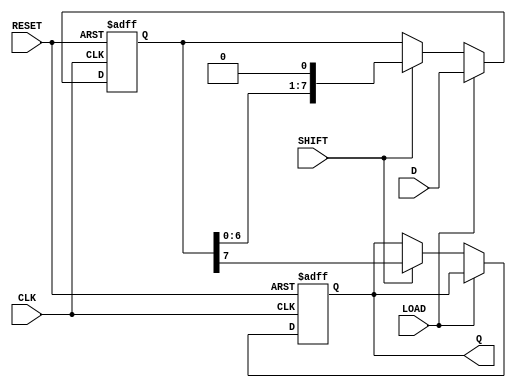
module PISO_Register #(
    parameter WIDTH = 8 // Parameter for the width of the data bus
)(
    input wire [WIDTH-1:0] D,      // Parallel data input
    output reg Q,                   // Serial output
    input wire LOAD,                // Load control signal
    input wire SHIFT,               // Shift control signal
    input wire CLK,                 // Clock signal
    input wire RESET                // Asynchronous reset (optional)
);

    // Internal shift register
    reg [WIDTH-1:0] shift_reg;

    // Always block for loading and shifting
    always @(posedge CLK or posedge RESET) begin
        if (RESET) begin
            // Reset the shift register and output
            shift_reg <= {WIDTH{1'b0}}; // Clear register to 0
            Q <= 1'b0;                  // Reset serial output
        end else begin
            if (LOAD) begin
                // Load data into the shift register
                shift_reg <= D;         // Load data on LOAD signal
            end else if (SHIFT) begin
                // Shift operation
                Q <= shift_reg[WIDTH-1]; // Output the MSB to Q
                shift_reg <= shift_reg << 1; // Shift left
            end
            // When neither LOAD nor SHIFT is active, Q holds previous value
        end
    end

endmodule